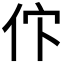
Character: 𬽸